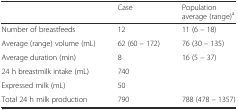
<table><thead><tr><td></td><td><b>Case</b></td><td><b>Population average (range)<sup>a</sup></b></td></tr></thead><tbody><tr><td>Number of breastfeeds</td><td>12</td><td>11 (6 – 18)</td></tr><tr><td>Average (range) volume (mL)</td><td>62 (60 – 172)</td><td>76 (30 – 135)</td></tr><tr><td>Average duration (min)</td><td>8</td><td>16 (5 – 37)</td></tr><tr><td>24 h breastmilk intake (mL)</td><td>740</td><td></td></tr><tr><td>Expressed milk (mL)</td><td>50</td><td></td></tr><tr><td>Total 24 h milk production</td><td>790</td><td>788 (478 – 1357)</td></tr></tbody></table>